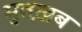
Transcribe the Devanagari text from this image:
मुतख़ब